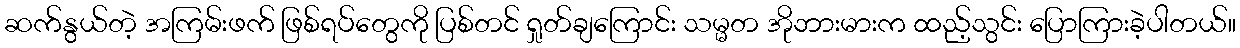
ဆက်နွယ်တဲ့ အကြမ်းဖက် ဖြစ်ရပ်တွေကို ပြစ်တင် ရှုတ်ချကြောင်း သမ္မတ အိုဘားမားက ထည့်သွင်း ပြောကြားခဲ့ပါတယ်။